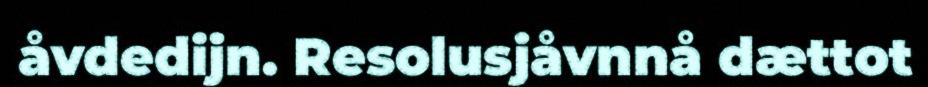
åvdedijn. Resolusjåvnnå dættot